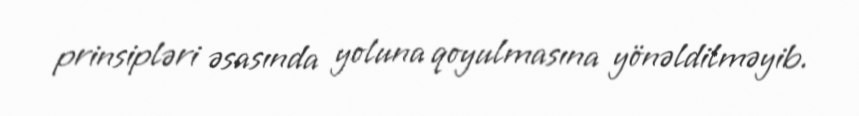
prinsipləri əsasında yoluna qoyulmasına yönəldilməyib.